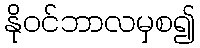
နိုဝင်ဘာလမှစ၍